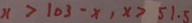
x > 1 0 3 - x , x > 5 1 . 5